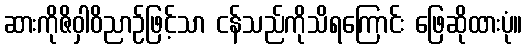
ဆားကိုဇိဝှါဝိညာဉ်ဖြင့်သာ ငန်သည်ကိုသိရကြောင်း ဖြေဆိုထားပုံ။